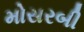
મોસરબી